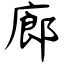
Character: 廊